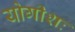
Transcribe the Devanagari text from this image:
योगीशः